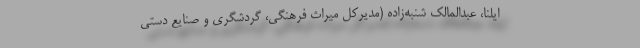
ایلنا، عبدالمالک شنبه‌زاده (مدیرکل میراث فرهنگی، گردشگری و صنایع دستی